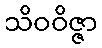
သိဝဝိဇ္ဇာ